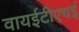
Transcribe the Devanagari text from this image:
वायईटीएचई